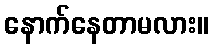
နောက်နေတာမလား။